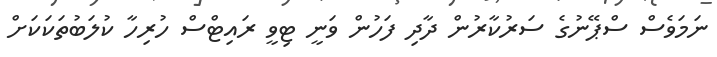
ނަމަވެސް ސްޕޭނުގެ ސަރުކާރުން ދާދި ފަހުން ވަނީ ޓިވީ ރައިޓްސް ހުރިހާ ކުލަބުތަކަކަށް